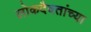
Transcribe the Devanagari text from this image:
लोकदैवतांच्या